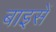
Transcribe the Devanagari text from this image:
बाइसें